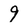
Character: 9